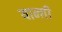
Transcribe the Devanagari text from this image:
यान्ग़ी